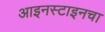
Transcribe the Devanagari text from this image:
आइनस्टाइनचा